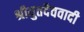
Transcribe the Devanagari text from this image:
श्रीयुतदैववादी